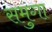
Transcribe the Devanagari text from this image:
समुगा